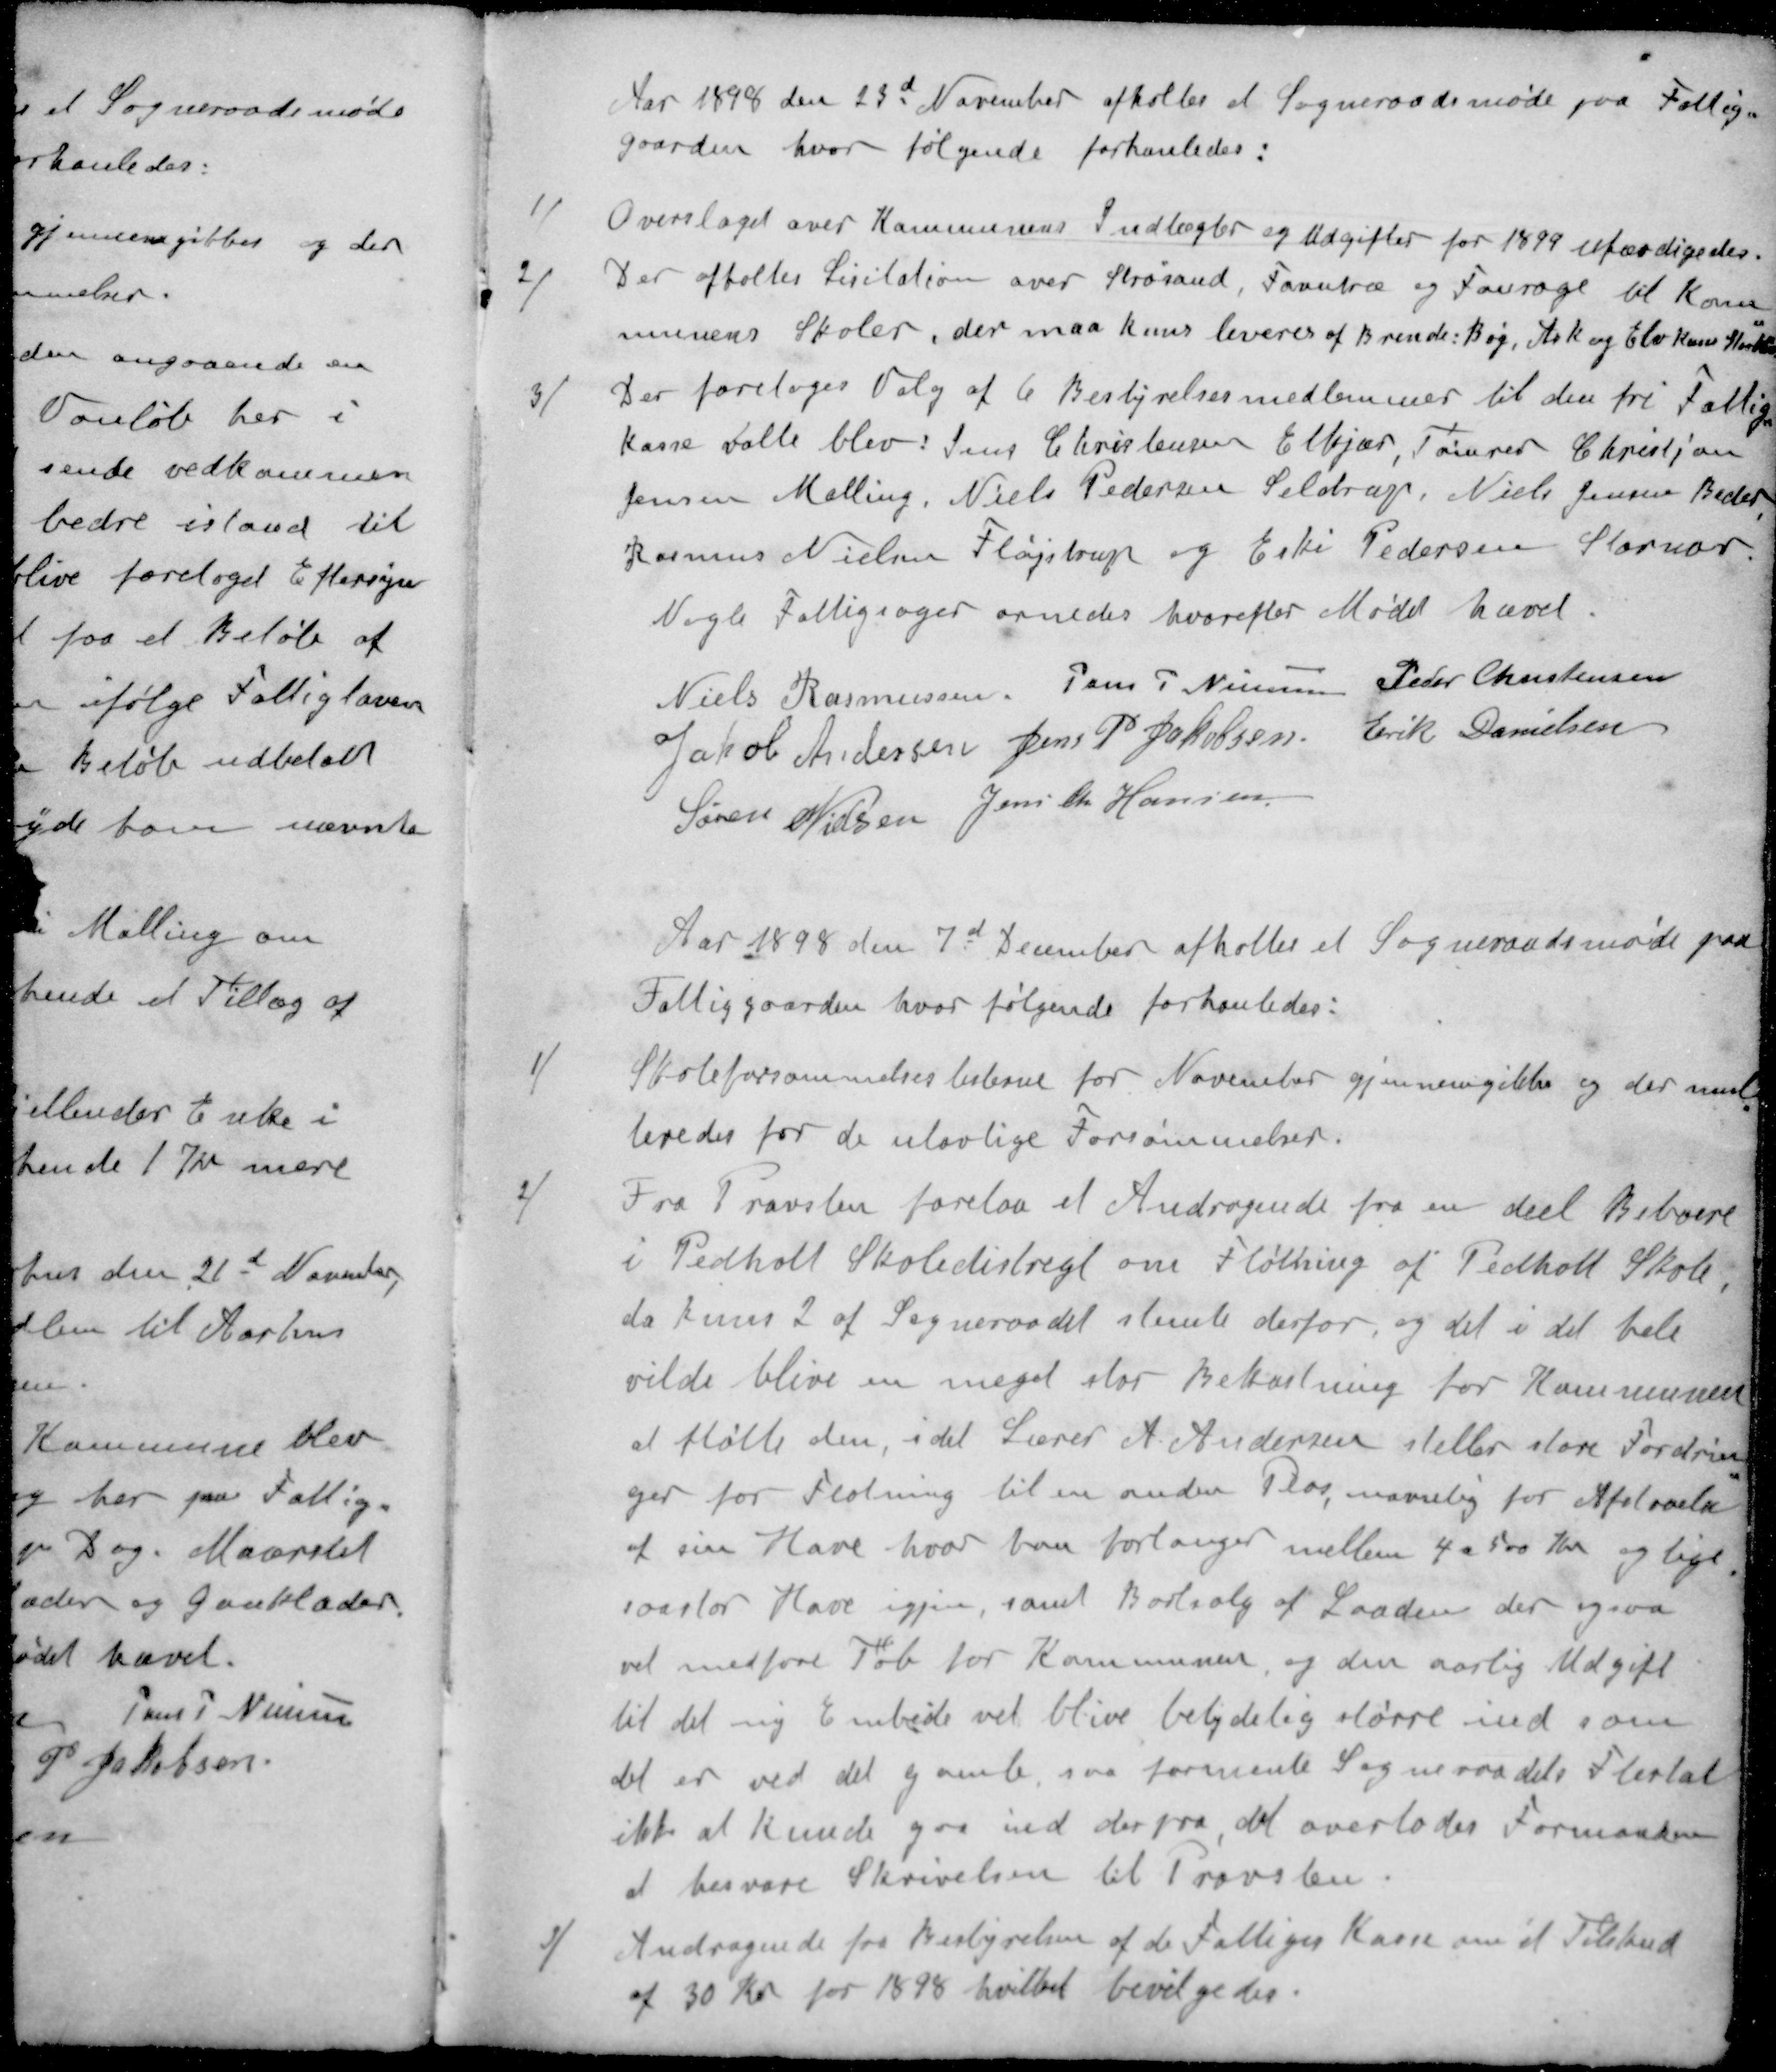
Transskription:
Aar 1898 den 23d November afholtes at Sogneraadsmøde paa Fattig-
gaarden hvor følgende forhanledes:
1 / Overslaget over Kommunens Indtægter og Udgifter for 1899 ufærdigedes.
2 / Der aftaltes Licitation over Strøsand, Favntræ og Fourage til kom-
munens Skoler, der maa kuns leveres af Brende: Bøg, Ark og Elv Kasse 
3 / Der foretoges Valg af 6 Bestyrelsesmedlemmer til den fri Fattig-
kasse valte blev: Jens Christensen Elkjær, Tømrer Christian
Jensen Malling, Niels Pedersen Seldrup, Niels Jensen Beder
Rasmus Nielsen Fløjstrup og Eske Pedersen Stornor
Nogle Fattigsager ornedes hvorefter Mødet hævet.
Niels Rasmussen
Jens P Nielsen
Peder Christensen
Jacob Andersen
Jens P Jakobsen
Erik Danielsen
Søren Nielsen
Jens Chr Hansen
Aar 1898 den 7d December afholtes et Sogneraadsmøde paa
Fattiggaarden, hvor følgende forhanledes:
1 / Skoleforsømmelseslisterne for November gjennemgikkes og der mul
teredes for de ulovlige Forsømmelser.
2 / Fra Provsten forelaa et Andragende fra en deel Beboere
i Pedholt Skoledistrigt om Fløtning af Pedholt Skole
da kuns 2 af Sogneraadet stemte derfor, og det i det bele
vilde blive en meget stor Bekostning for Kommunen
at fløtte den, idet Lærer A Andersen stiller store Fordrin-
ger for Flotning til en anden Plas, navnlig for Afstaaelse
af sin Have, hvor han forlanger mellem 4 a 500 Kr og lige
saastor Have igjen, samt Bortsalg af Saadan der ogsaa
vil medføre Tab for Kommunen, og den aarlig Udgift
til det ny Embede vil blive betydelig større ind som
det er ved det gamle, saa formente Sogneraadets Flertal
ikke at kunde gaa ind derpaa det overlodes Formanden
at besvare Skrivelsen til Provsten.
3 / Andragende fra Bestyrelsen af de Fattiges Kasse om et Tilskud
af 30 Kr for 1898 hvilket bevilgedes